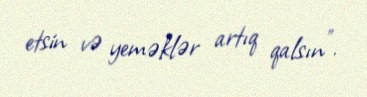
etsin və yeməklər artıq qalsın”.